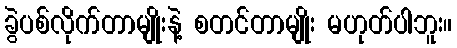
ခွဲပစ်လိုက်တာမျိုးနဲ့ စတင်တာမျိုး မဟုတ်ပါဘူး။